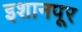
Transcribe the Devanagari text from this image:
इशानपूर